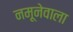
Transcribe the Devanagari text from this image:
नमूनेवाला